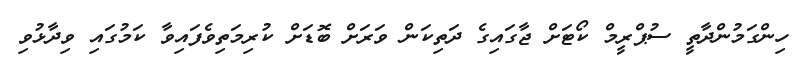
ހިންގަމުންދާތީ ސުޕްރީމް ކޯޓަށް ޖާގައިގެ ދަތިކަން ވަރަށް ބޮޑަށް ކުރިމަތިވެފައިވާ ކަމުގައި ވިދާޅުވި